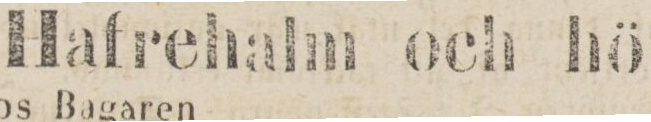
Hafrehalm och hö